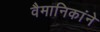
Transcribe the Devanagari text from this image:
वैमानिकांने